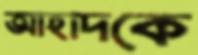
আহাদকে